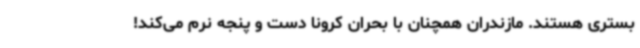
بستری هستند. مازندران همچنان با بحران کرونا دست و پنجه نرم می‌کند!